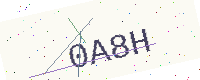
Text: 0A8H